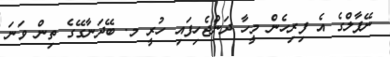
ނޭޕާލްގެ އެ ފިރިހެން މީހާ ދަންޖެހިފައި ހުރީ މ. ބޭދަނާގޭގެ ތިން ވަނަ